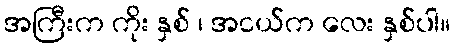
အကြီးက ကိုး နှစ် ၊ အငယ်က လေး နှစ်ပါ။